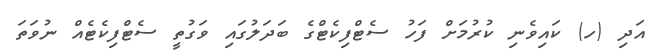
އަދި (ހ) ކައިވެނި ކުރުމަށް ފަހު ސެޓްފިކެޓްގެ ބަދަލުގައި ވަގުތީ ސެޓްފިކެޓެއް ނުވަތަ